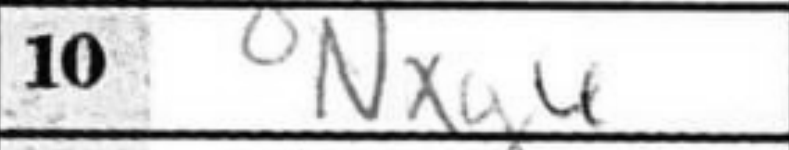
Transcription: Nxg6